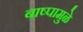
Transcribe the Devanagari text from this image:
बाष्पामुळे